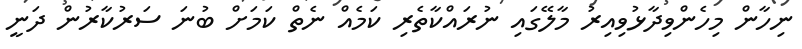
ނިހާން މިހެންވިދާޅުވިއިރު މާލޭގައި ނުރައްކާތެރި ކަމެއް ނެތް ކަމަށް ބުނަ ސަރުކާރުން ދަނީ